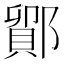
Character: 鄮